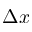
\Delta x